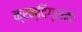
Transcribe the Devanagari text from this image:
क्रन्दिग्रामः